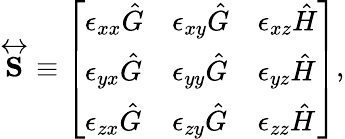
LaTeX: \begin{array}{r}{\overleftrightarrow{\mathbf{S}}\equiv\left[\begin{array}{lll}{\epsilon_{xx}\hat{G}}&{\epsilon_{xy}\hat{G}}&{\epsilon_{xz}\hat{H}}\\ {\epsilon_{yx}\hat{G}}&{\epsilon_{yy}\hat{G}}&{\epsilon_{yz}\hat{H}}\\ {\epsilon_{zx}\hat{G}}&{\epsilon_{zy}\hat{G}}&{\epsilon_{zz}\hat{H}}\end{array}\right],}\end{array}